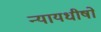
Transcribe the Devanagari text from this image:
न्यायधीषों